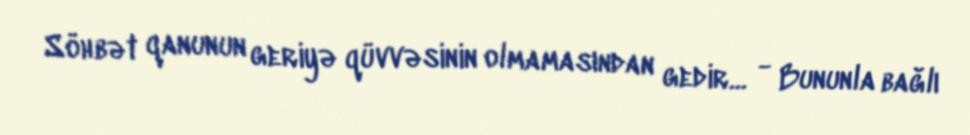
Söhbət qanunun geriyə qüvvəsinin olmamasından gedir... - Bununla bağlı